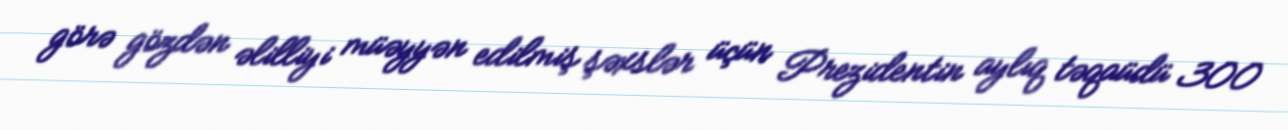
görə gözdən əlilliyi müəyyən edilmiş şəxslər üçün Prezidentin aylıq təqaüdü 300